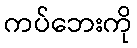
ကပ်ဘေးကို